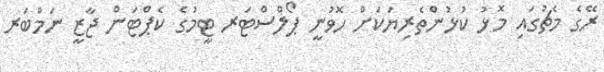
ރޭގެ މެޗުގައި މޮޅު ކުޅުންތެރިޔަކަށް ހޮވުނީ ޕޯލްސްޓަރ ޓީމުގެ ކެޕްޓަން ޖާޒީ ނަމްބަރ